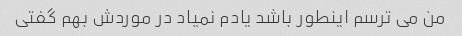
من می ترسم اینطور باشد یادم نمیاد در موردش بهم گفتی